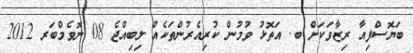
ބަޔޮސްފިއާ ރިޒާވަކަށް ބ. އަތޮޅު ވުމުން ކުރިއެރުންތަކެއް ލިބިއްޖެ 08 ނޮވެމްބަރ 2012